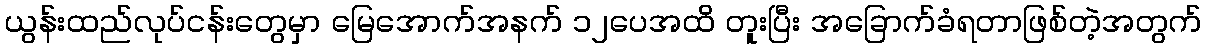
ယွန်းထည်လုပ်ငန်းတွေမှာ မြေအောက်အနက် ၁၂ပေအထိ တူးပြီး အခြောက်ခံရတာဖြစ်တဲ့အတွက်